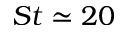
S t \simeq 2 0